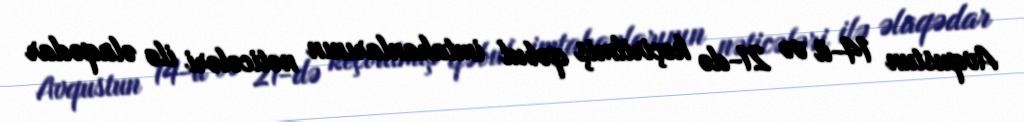
Avqustun 14-ü və 21-də keçirilmiş qəbul imtahanlarının nəticələri ilə əlaqədar